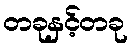
တခုနှင့်တခု